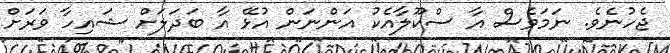
ޖެހުނެވެ. ނަމަވެސް އާ ސްކޫލާއެކު އަންނަން އުޅޭ އާ ބަދަލަށް ޝައިހާ ވަރަށް